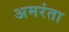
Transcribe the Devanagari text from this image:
अमरंता